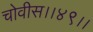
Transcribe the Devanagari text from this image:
चोवीस।।४९।।